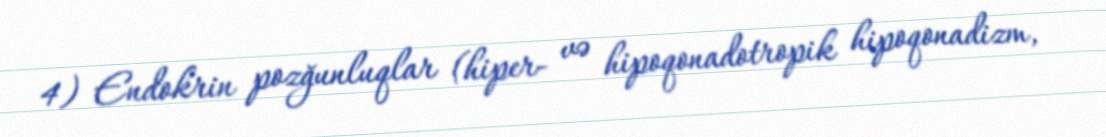
4) Endokrin pozğunluqlar (hiper- və hipoqonadotropik hipoqonadizm,